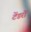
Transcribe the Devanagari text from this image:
टेंडरों